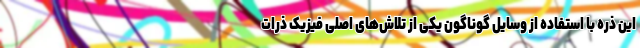
این ذره با استفاده از وسایل گوناگون یکی از تلاش‌های اصلی فیزیک ذرات